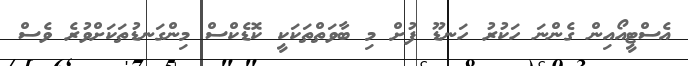
އެސްޓީއޯއިން ގެންނަ ހަކުރު ހަނޑޫ ފުށް މި ބާވަތްތަކަކީ ކޮޑެކްސް މިންގަނޑުތަކަށްވުރެ ވެސް